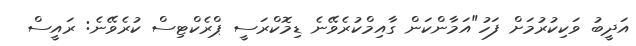
އަދީބު ވަކިކުރުމަށް ފަހު"އަމާންކަން ގާއިމްކުރެވޭނެ ޑިމޮކްރަސީ ޕްރެކްޓިސް ކުރެވޭނެ: ރައީސް